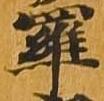
羅